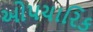
ઓપચારિક